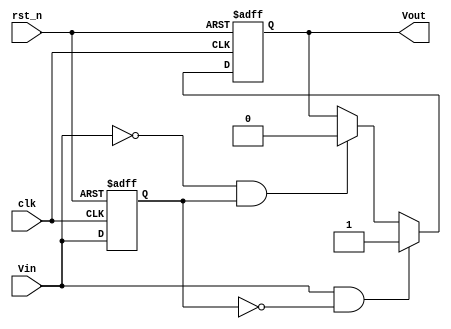
module SchmittTriggerEdgeDetector (
    input wire clk,            // Clock input
    input wire rst_n,         // Active low reset
    input wire Vin,           // Input signal to be monitored
    output reg Vout           // Output signal indicating edge detection
);

    // Define threshold levels as parameters
    parameter Vth_high = 1'b1;
    parameter Vth_low  = 1'b0;

    // Internal signal to hold the previous state of Vin
    reg Vin_prev;

    // State machine for edge detection
    always @(posedge clk or negedge rst_n) begin
        if (!rst_n) begin
            Vout     <= 1'b0;      // Reset output
            Vin_prev  <= 1'b0;     // Reset previous state
        end else begin
            // Rising edge detection
            if (Vin == Vth_high && Vin_prev == Vth_low) begin
                Vout <= 1'b1;      // Set output high on rising edge
            end
            // Falling edge detection
            else if (Vin == Vth_low && Vin_prev == Vth_high) begin
                Vout <= 1'b0;      // Set output low on falling edge
            end
            
            // Update previous state
            Vin_prev <= Vin;
        end
    end

endmodule